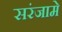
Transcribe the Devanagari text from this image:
सरंजामे